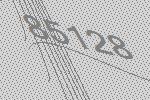
85128